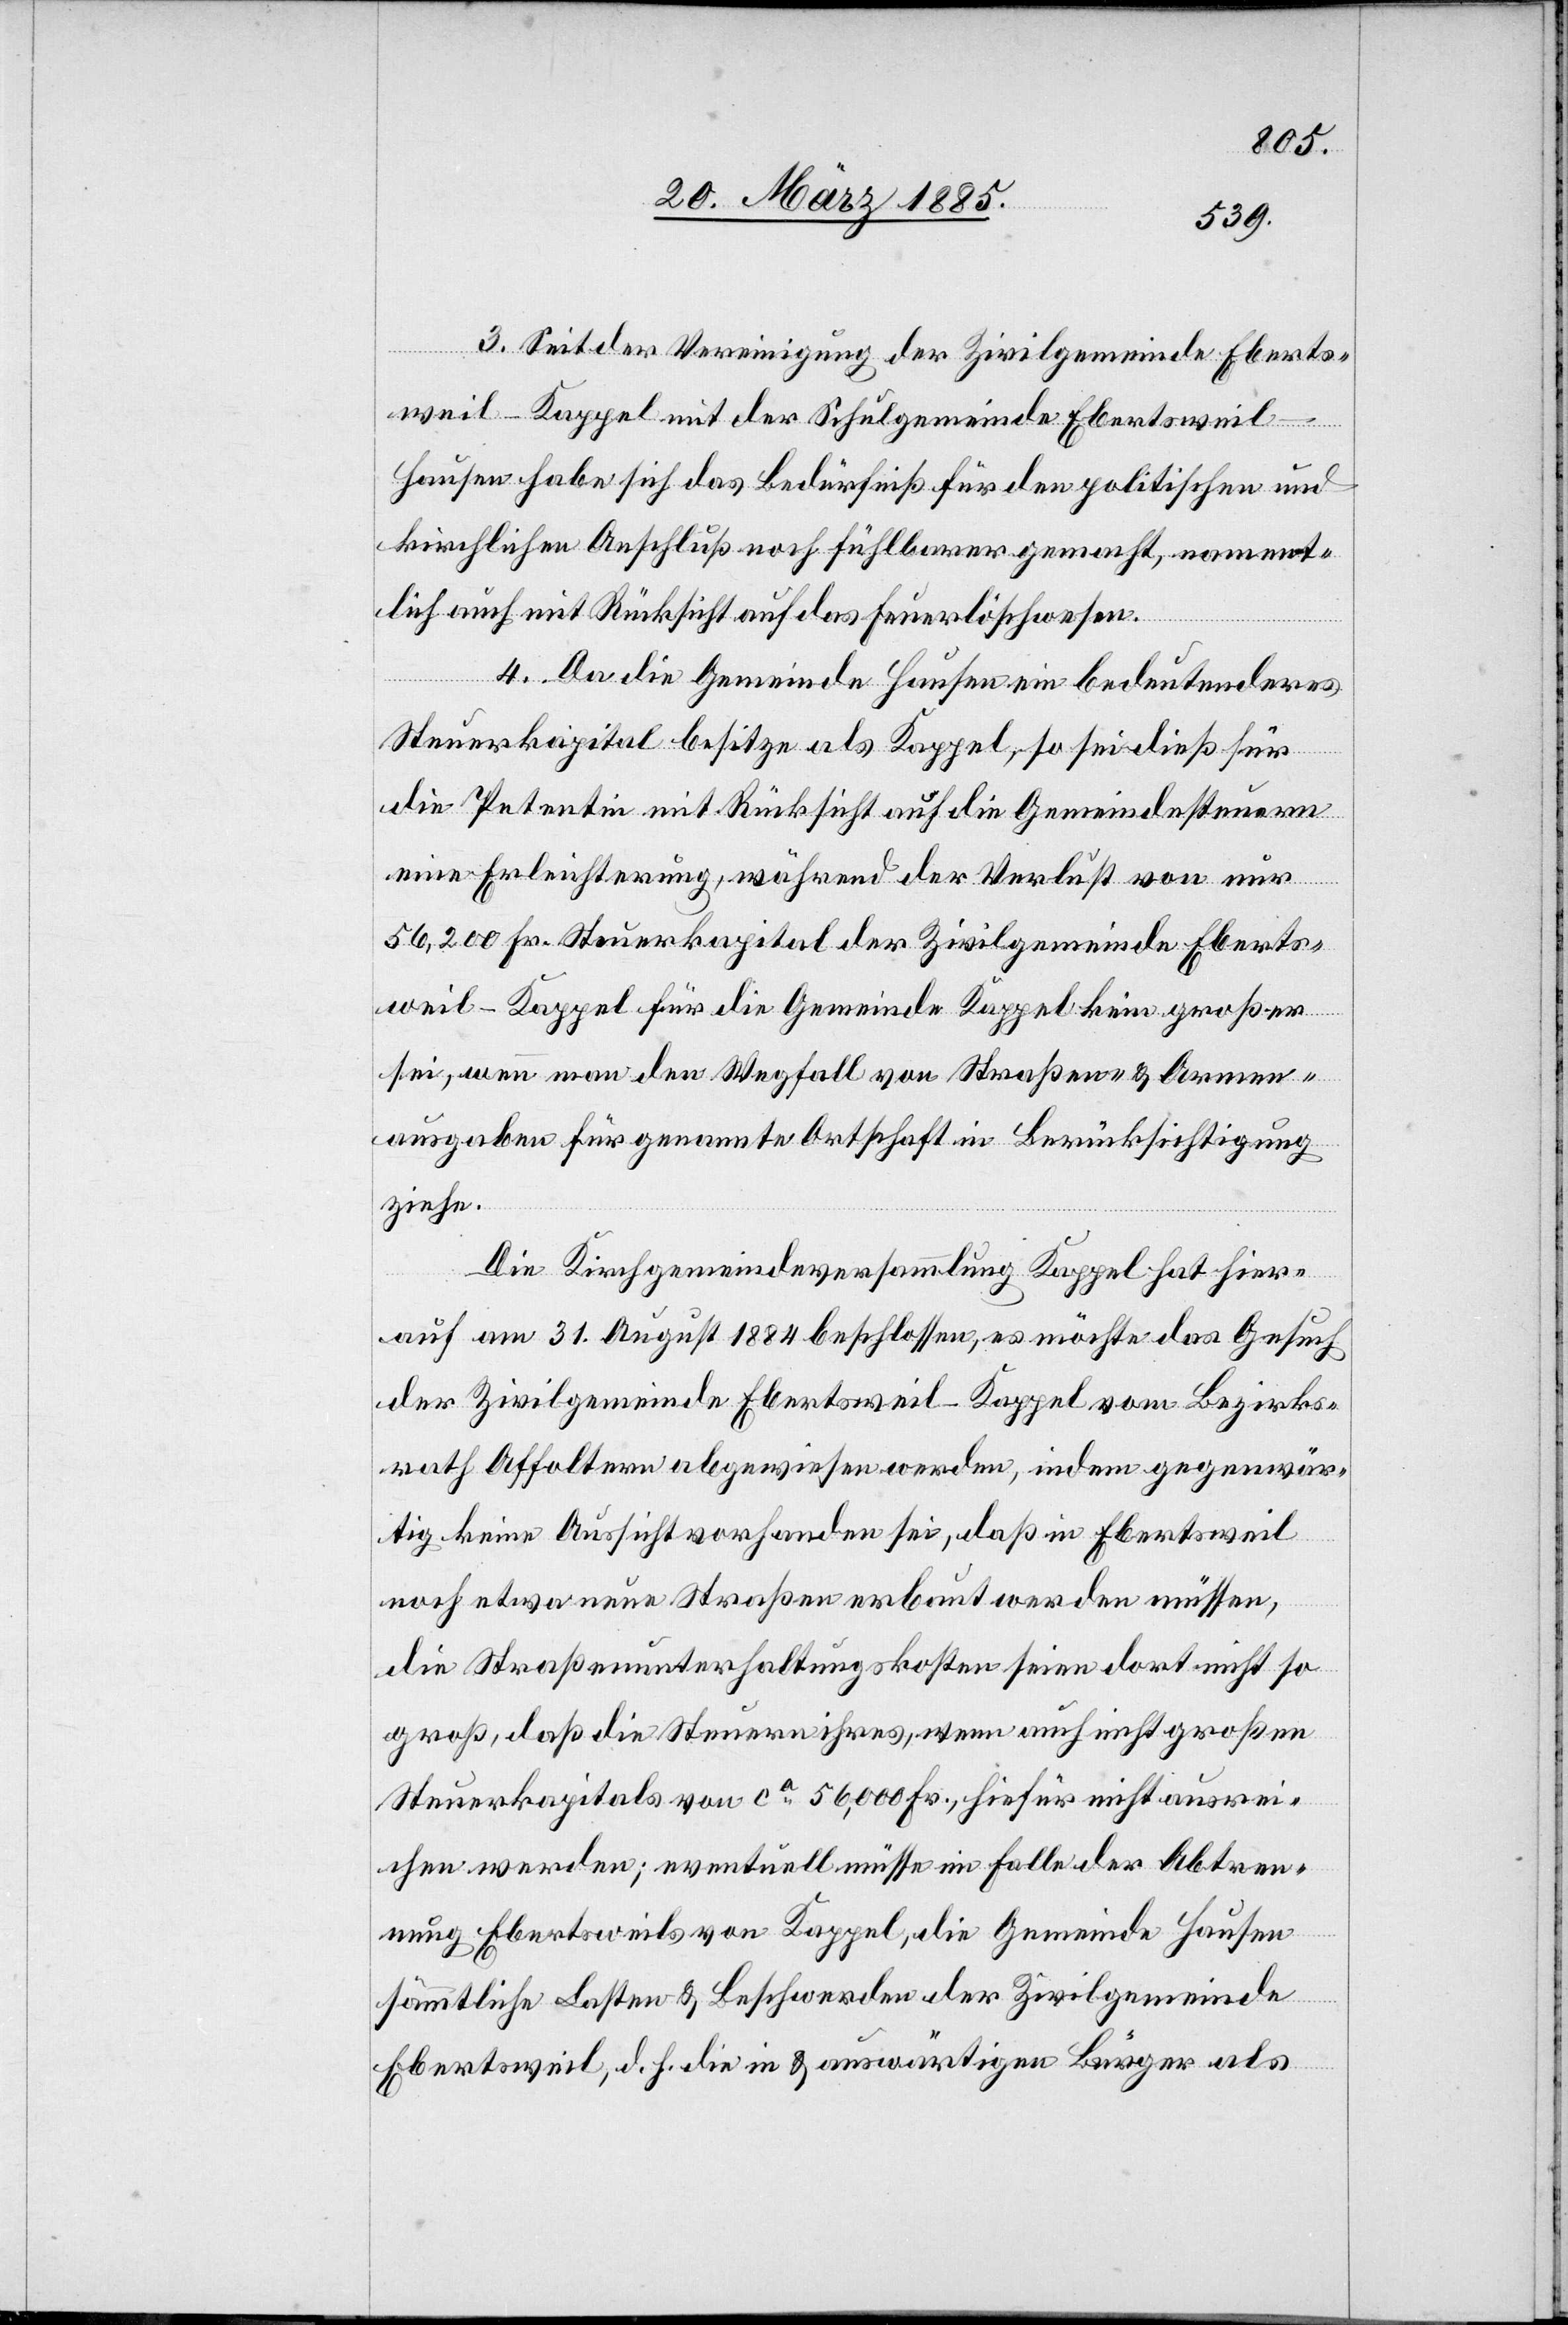
3. Seit der Vereinigung der Zivilgemeinde Eberts¬
weil-Kappel mit der Schulgemeinde Ebertsweil-H¬
ausen habe sich das Bedürfniß für den politischen und
kirchlichen Anschluß noch fühlbarer gemacht, nament¬
lich mit Rücksicht auf das Feuerlöschwesen.
4. Da die Gemeinde Hausen ein bedeutenderes
Steuerkapital besitze als Kappel, so sei dieß für
die Petentin mit Rücksicht auf die Gemeindesteuern
eine Erleichterung, während der Verlust von nur
56,200 Fr. Steuerkapital der Zivilgemeinde Eberts¬
weil-Kappel für die Gemeinde Kappel kein großer
sei, wenn man den Wegfall von Straßen- & Armen¬
ausgaben für genannte Ortschaft in Berücksichtigung
ziehe.
Die Kirchgemeindeversammlung Kappel hat hier¬
auf am 31. August 1884 beschlossen, es möchte das Gesuch
der Zivilgemeinde Ebertsweil-Kappel vom Bezirks¬
rath Affoltern abgewiesen werden, indem gegenwär¬
tig keine Aussicht vorhanden sei, daß in Ebertsweil
noch etwa neue Straßen erbaut werden müssen,
die Straßenunterhaltungskosten seien dort nicht so
groß, daß die Steuern ihres, wenn auch nicht großen
Steuerkapitals von ca 56,000 Fr., hiefür nicht ausrei¬
chen werden; eventuell müsse im Falle der Abtre¬
tung Ebertsweils von Kappel, die Gemeinde Hausen
sämmtliche Lasten & Beschwerden der Zivilgemeinde
Ebertsweil, d. h. die in[-] & auswärtigen Bürger als